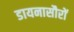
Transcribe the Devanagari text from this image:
डायनासौरों